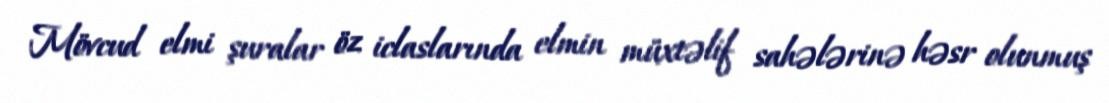
Mövcud elmi şuralar öz iclaslarında elmin müxtəlif sahələrinə həsr olunmuş